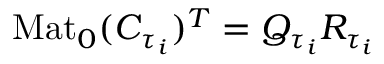
\mathrm { M a t } _ { 0 } ( C _ { \tau _ { i } } ) ^ { T } = Q _ { \tau _ { i } } R _ { \tau _ { i } }